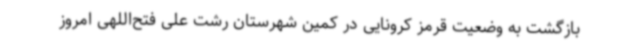
بازگشت به وضعیت قرمز کرونایی در کمین شهرستان رشت علی فتح‌اللهی امروز